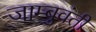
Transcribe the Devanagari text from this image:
जाम्बुवंती